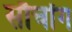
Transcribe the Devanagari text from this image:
सौचोंग